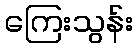
ကြေးသွန်း